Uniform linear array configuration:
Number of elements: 64
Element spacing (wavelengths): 0.75
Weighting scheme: hann
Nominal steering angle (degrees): -45
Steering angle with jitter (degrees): -43.673
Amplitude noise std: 0.05
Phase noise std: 0.05

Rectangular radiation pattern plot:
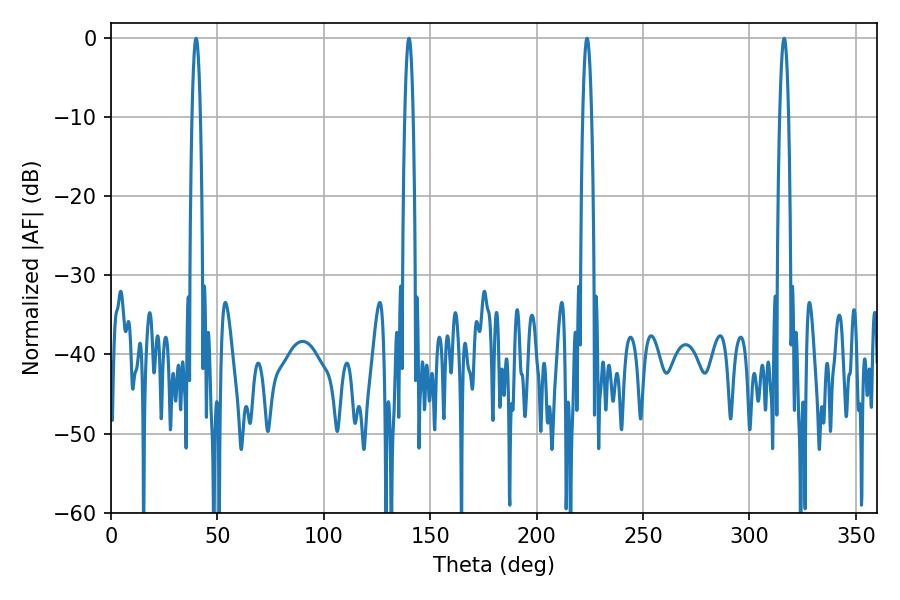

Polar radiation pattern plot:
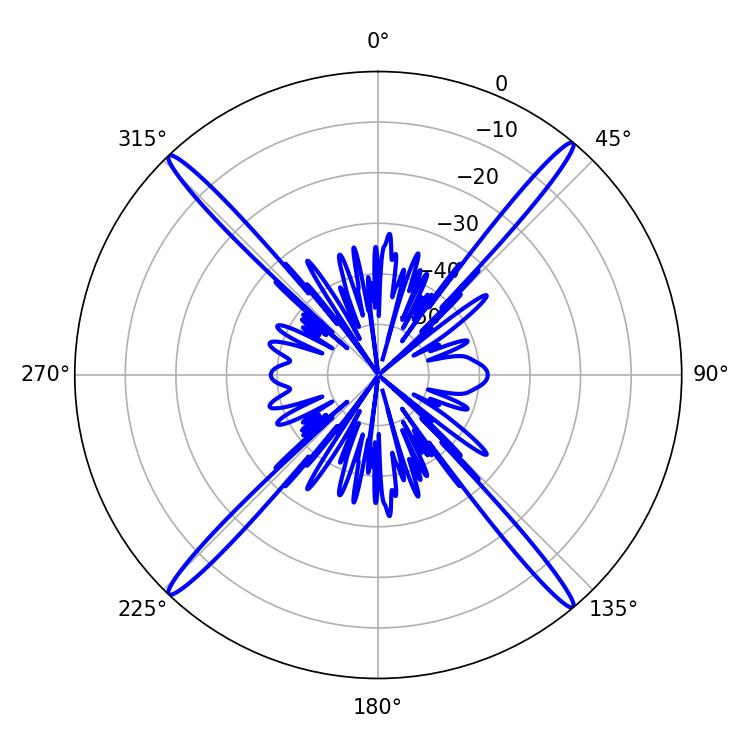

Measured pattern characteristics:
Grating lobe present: TRUE
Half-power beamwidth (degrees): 2.16
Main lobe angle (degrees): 39.96